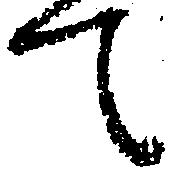
て